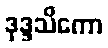
ဒုဒ္ဒသိကော